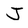
Character: J